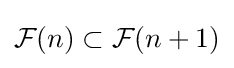
{\mathcal {F}}(n)\subset {\mathcal {F}}(n+1)